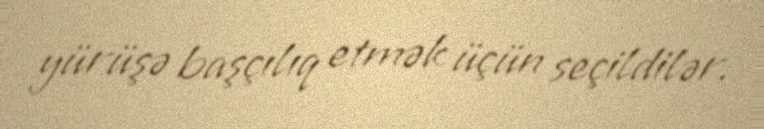
yürüşə başçılıq etmək üçün seçildilər.